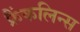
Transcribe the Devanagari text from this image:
फ्रैंकलिन्स